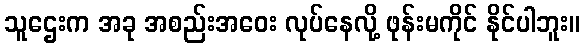
သူဌေးက အခု အစည်းအဝေး လုပ်နေလို့ ဖုန်းမကိုင် နိုင်ပါဘူး။